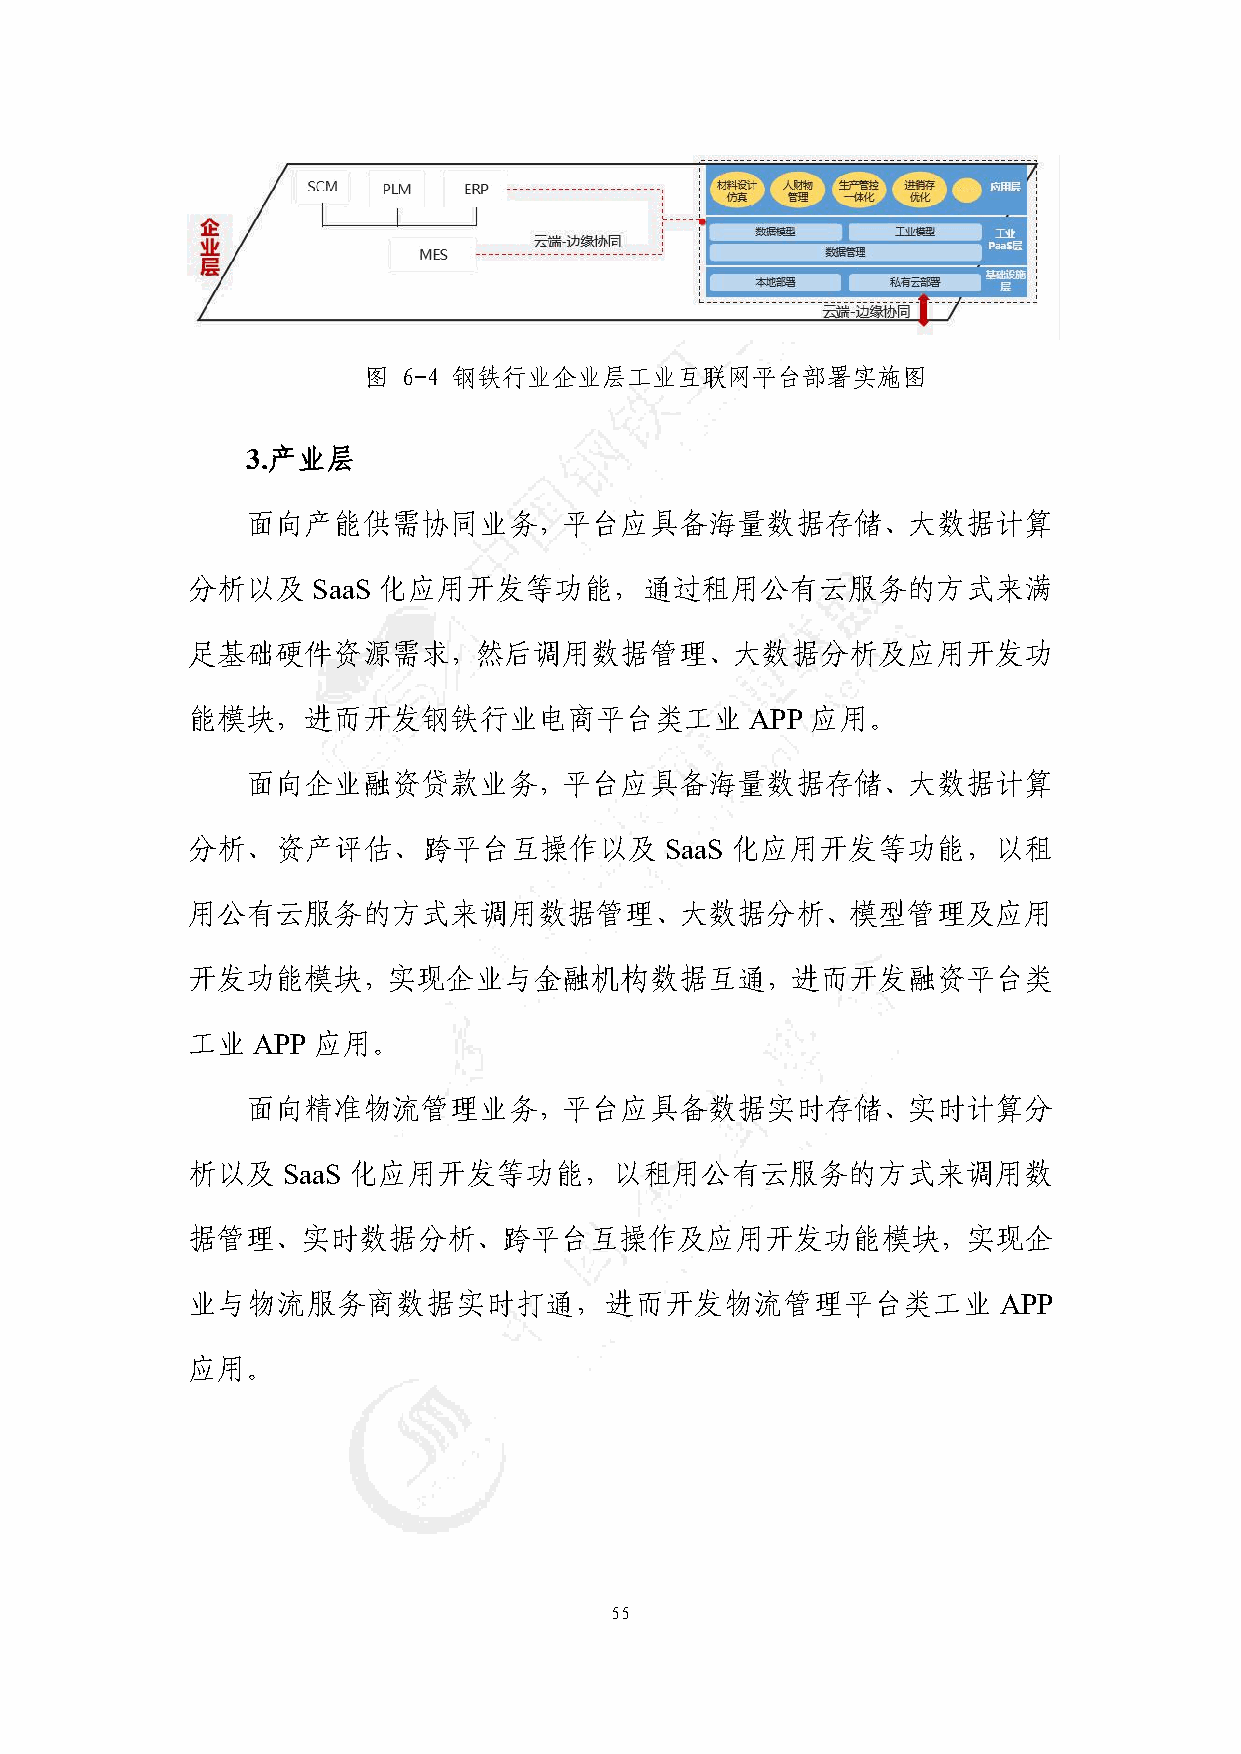
图  6-4 钢铁行业企业层工业互联网平台部署实施图
 3.产业层
 面向产能供需协同业务，平台应具备海量数据存储、大数据计算
 分析以及     SaaS 化应用开发等功能，通过租用公有云服务的方式来满
 足基础硬件资源需求，然后调用数据管理、大数据分析及应用开发功
 能模块，进而开发钢铁行业电商平台类工业                   APP 应用。
 面向企业融资贷款业务，平台应具备海量数据存储、大数据计算
 分析、资产评估、跨平台互操作以及                SaaS 化应用开发等功能，以租
 用公有云服务的方式来调用数据管理、大数据分析、模型管理及应用
 开发功能模块，实现企业与金融机构数据互通，进而开发融资平台类
 工业   APP 应用。
 面向精准物流管理业务，平台应具备数据实时存储、实时计算分
 析以及    SaaS 化应用开发等功能，以租用公有云服务的方式来调用数
 据管理、实时数据分析、跨平台互操作及应用开发功能模块，实现企
 业与物流服务商数据实时打通，进而开发物流管理平台类工业                           APP
 应用。
 55